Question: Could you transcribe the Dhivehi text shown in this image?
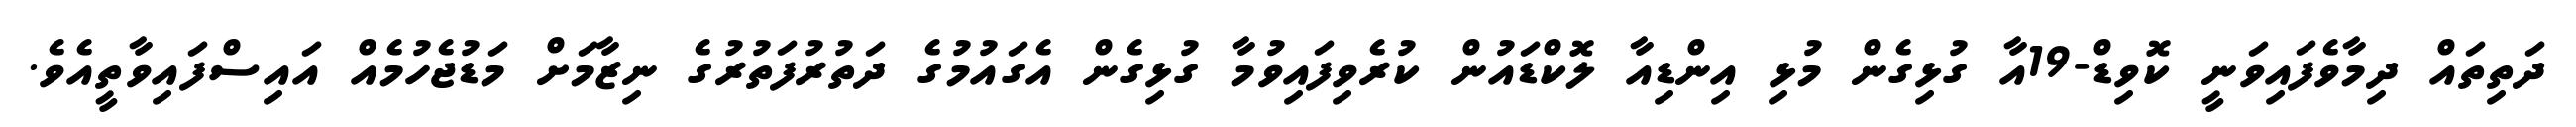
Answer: ދަތިތައް ދިމާވެފައިވަނީ ކޮވިޑް-19އާ ގުޅިގެން މުޅި އިންޑިއާ ލޮކްޑައުން ކުރެވިފައިވުމާ ގުޅިގެން އެގައުމުގެ ދަތުރުފަތުރުގެ ނިޒާމަށް މަޑުޖެހުމެއް އައިސްފައިވާތީއެވެ.